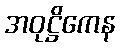
အဝုဋ္ဌိကေန